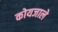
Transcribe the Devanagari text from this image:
कोयजाले